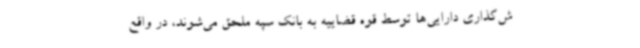
ش‌گذاری دارایی‌ها توسط قوه قضاییه به بانک سپه ملحق می‌شوند، در واقع